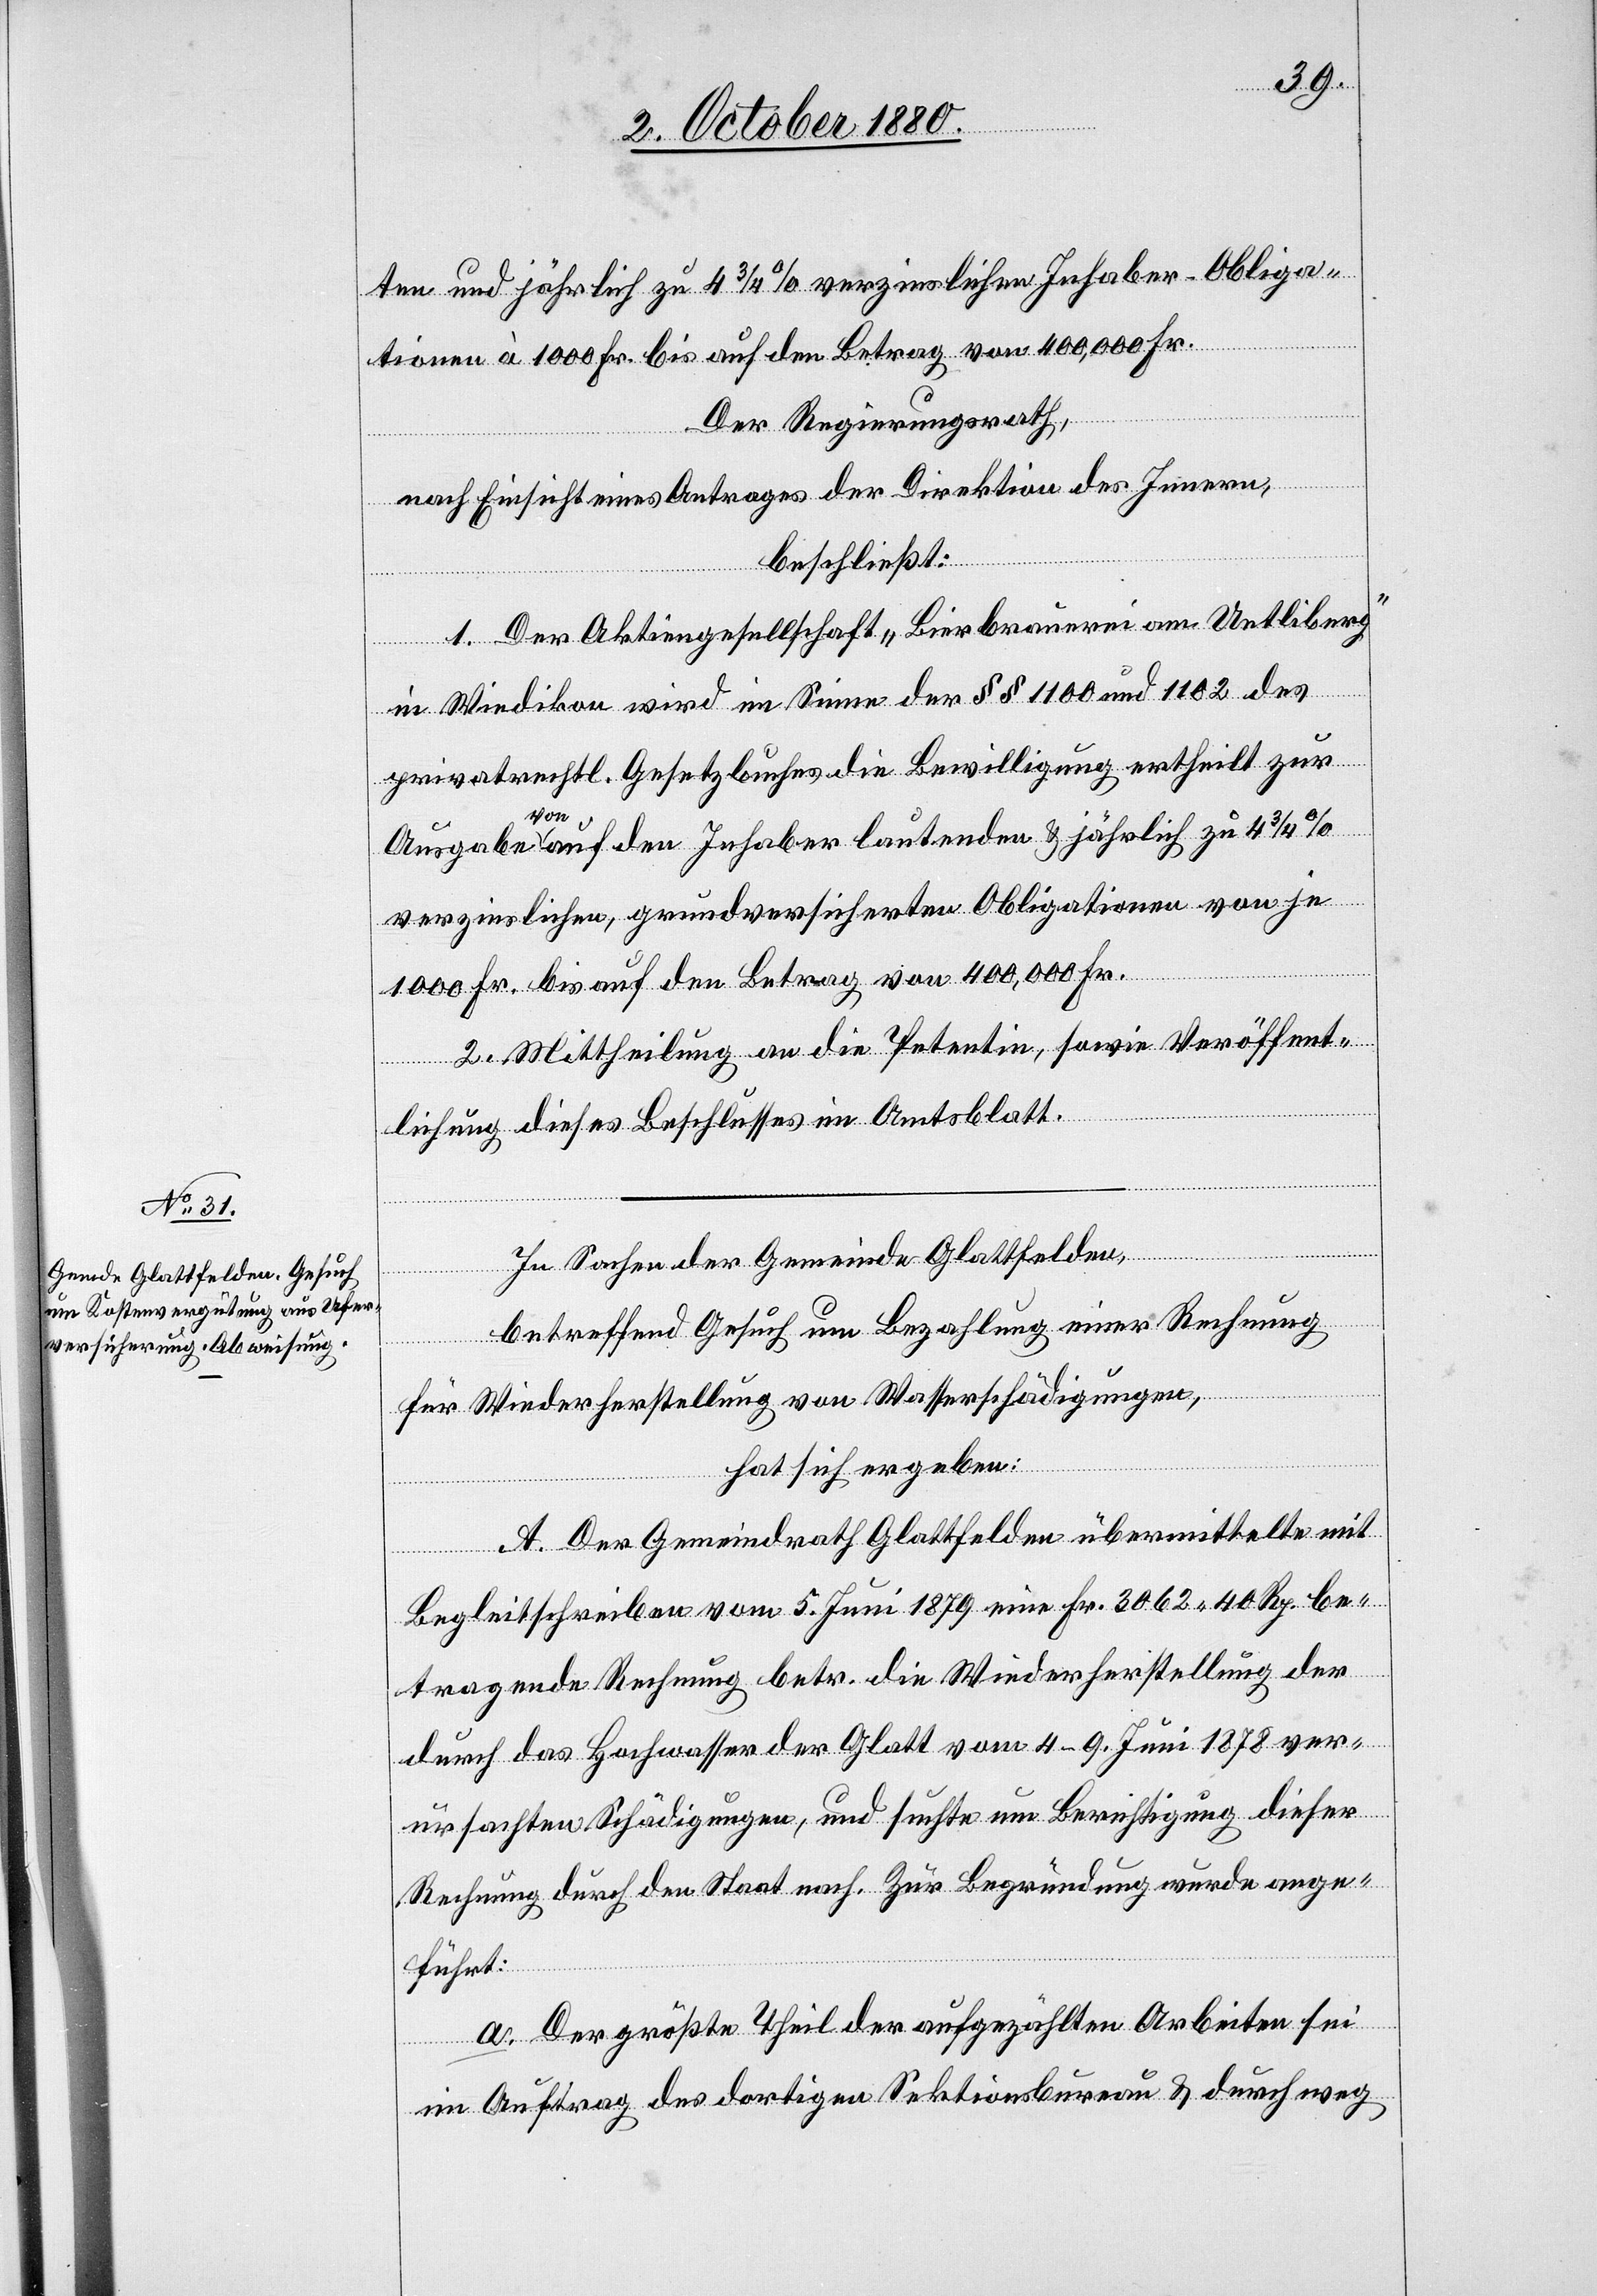
ten und jährlich zu 4 3/4% verzinslichen Inhaber-Obliga¬
tionen à 1000 Fr. bis auf den Betrag von 400,000 Fr.
Der Regierungsrath,
nach Einsicht eines Antrages der Direktion des Innern,
beschließt:
1. Der Aktiengesellschaft „Bierbrauerei am Uetliberg“
in Wiedikon wird im Sinne der §§ 1100 und 1102 des
privatrechtl. Gesetzbuches die Bewilligung ertheilt zur
Ausgabe von auf den Inhaber lautenden & jährlich zu 4 3/4%
verzinslichen, grundversicherten Obligationen von je
1000 Fr. bis auf den Betrag von 400,000 Fr.
2. Mittheilung an die Petentin, sowie Veröffent¬
lichung dieses Beschlusses im Amtsblatt.
In Sachen der Gemeinde Glattfelden,
betreffend Gesuch um Bezahlung einer Rechnung
für Wiederherstellung von Wasserschädigungen,
hat sich ergeben:
A. Der Gemeindrath Glattfelden übermittelte mit
Begleitschreiben vom 5. Juni 1879 eine Fr. 3062 40 Rp. be¬
tragende Rechnung betr. die Wiederherstellung der
durch das Hochwasser der Glatt vom 4.–9. Juni 1879 ver¬
ursachten Schädigungen, und suchte um Berichtigung dieser
Rechnung durch den Staat nach. Zur Begründung wurde ange¬
führt:
a. Der größte Theil der aufgezählten Arbeiten sei
im Auftrag des dortigen Sektionsbureau & durchweg